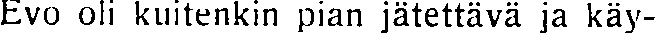
Evo oli kuitenkin pian jätettävä ja käy-